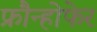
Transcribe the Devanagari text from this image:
फ्रौन्होफेर